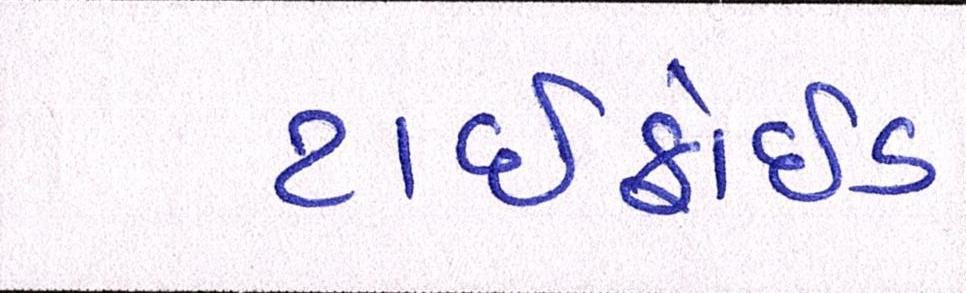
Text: ટાઇફોઇડ